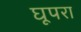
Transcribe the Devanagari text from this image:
घूपरा